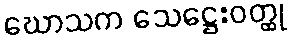
ဃောသက သေဋ္ဌေးဝတ္ထု